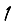
Digit: 1